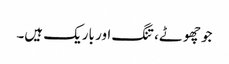
جو چھوٹے، تنگ اور باریک ہیں۔